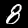
Digit: 8